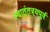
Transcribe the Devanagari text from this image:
स्वातंतत्र्यपूर्व